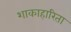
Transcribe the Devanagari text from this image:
शाकाहारिता